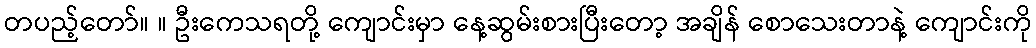
တပည့်တော်။ ။ ဦးကေသရတို့ ကျောင်းမှာ နေ့ဆွမ်းစားပြီးတော့ အချိန် စောသေးတာနဲ့ ကျောင်းကို